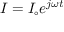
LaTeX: I = I _ { \circ } e ^ { j \omega t }